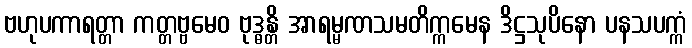
ဗဟုပကာရတ္တာ ကတ္တဗ္ဗမေဝ ဗုဒ္ဓန္တိ အာရမ္မဏသမတိက္ကမေန ဒိဋ္ဌသုပိနော ပနသပက္ကံ